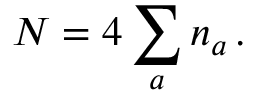
{ \cal N } = 4 \sum _ { a } n _ { a } \, .